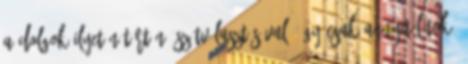
a dolgok ilyetén történő szétválasztásával, így csak annyit látok,